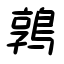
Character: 鶉